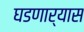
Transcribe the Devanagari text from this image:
घडणार्यास